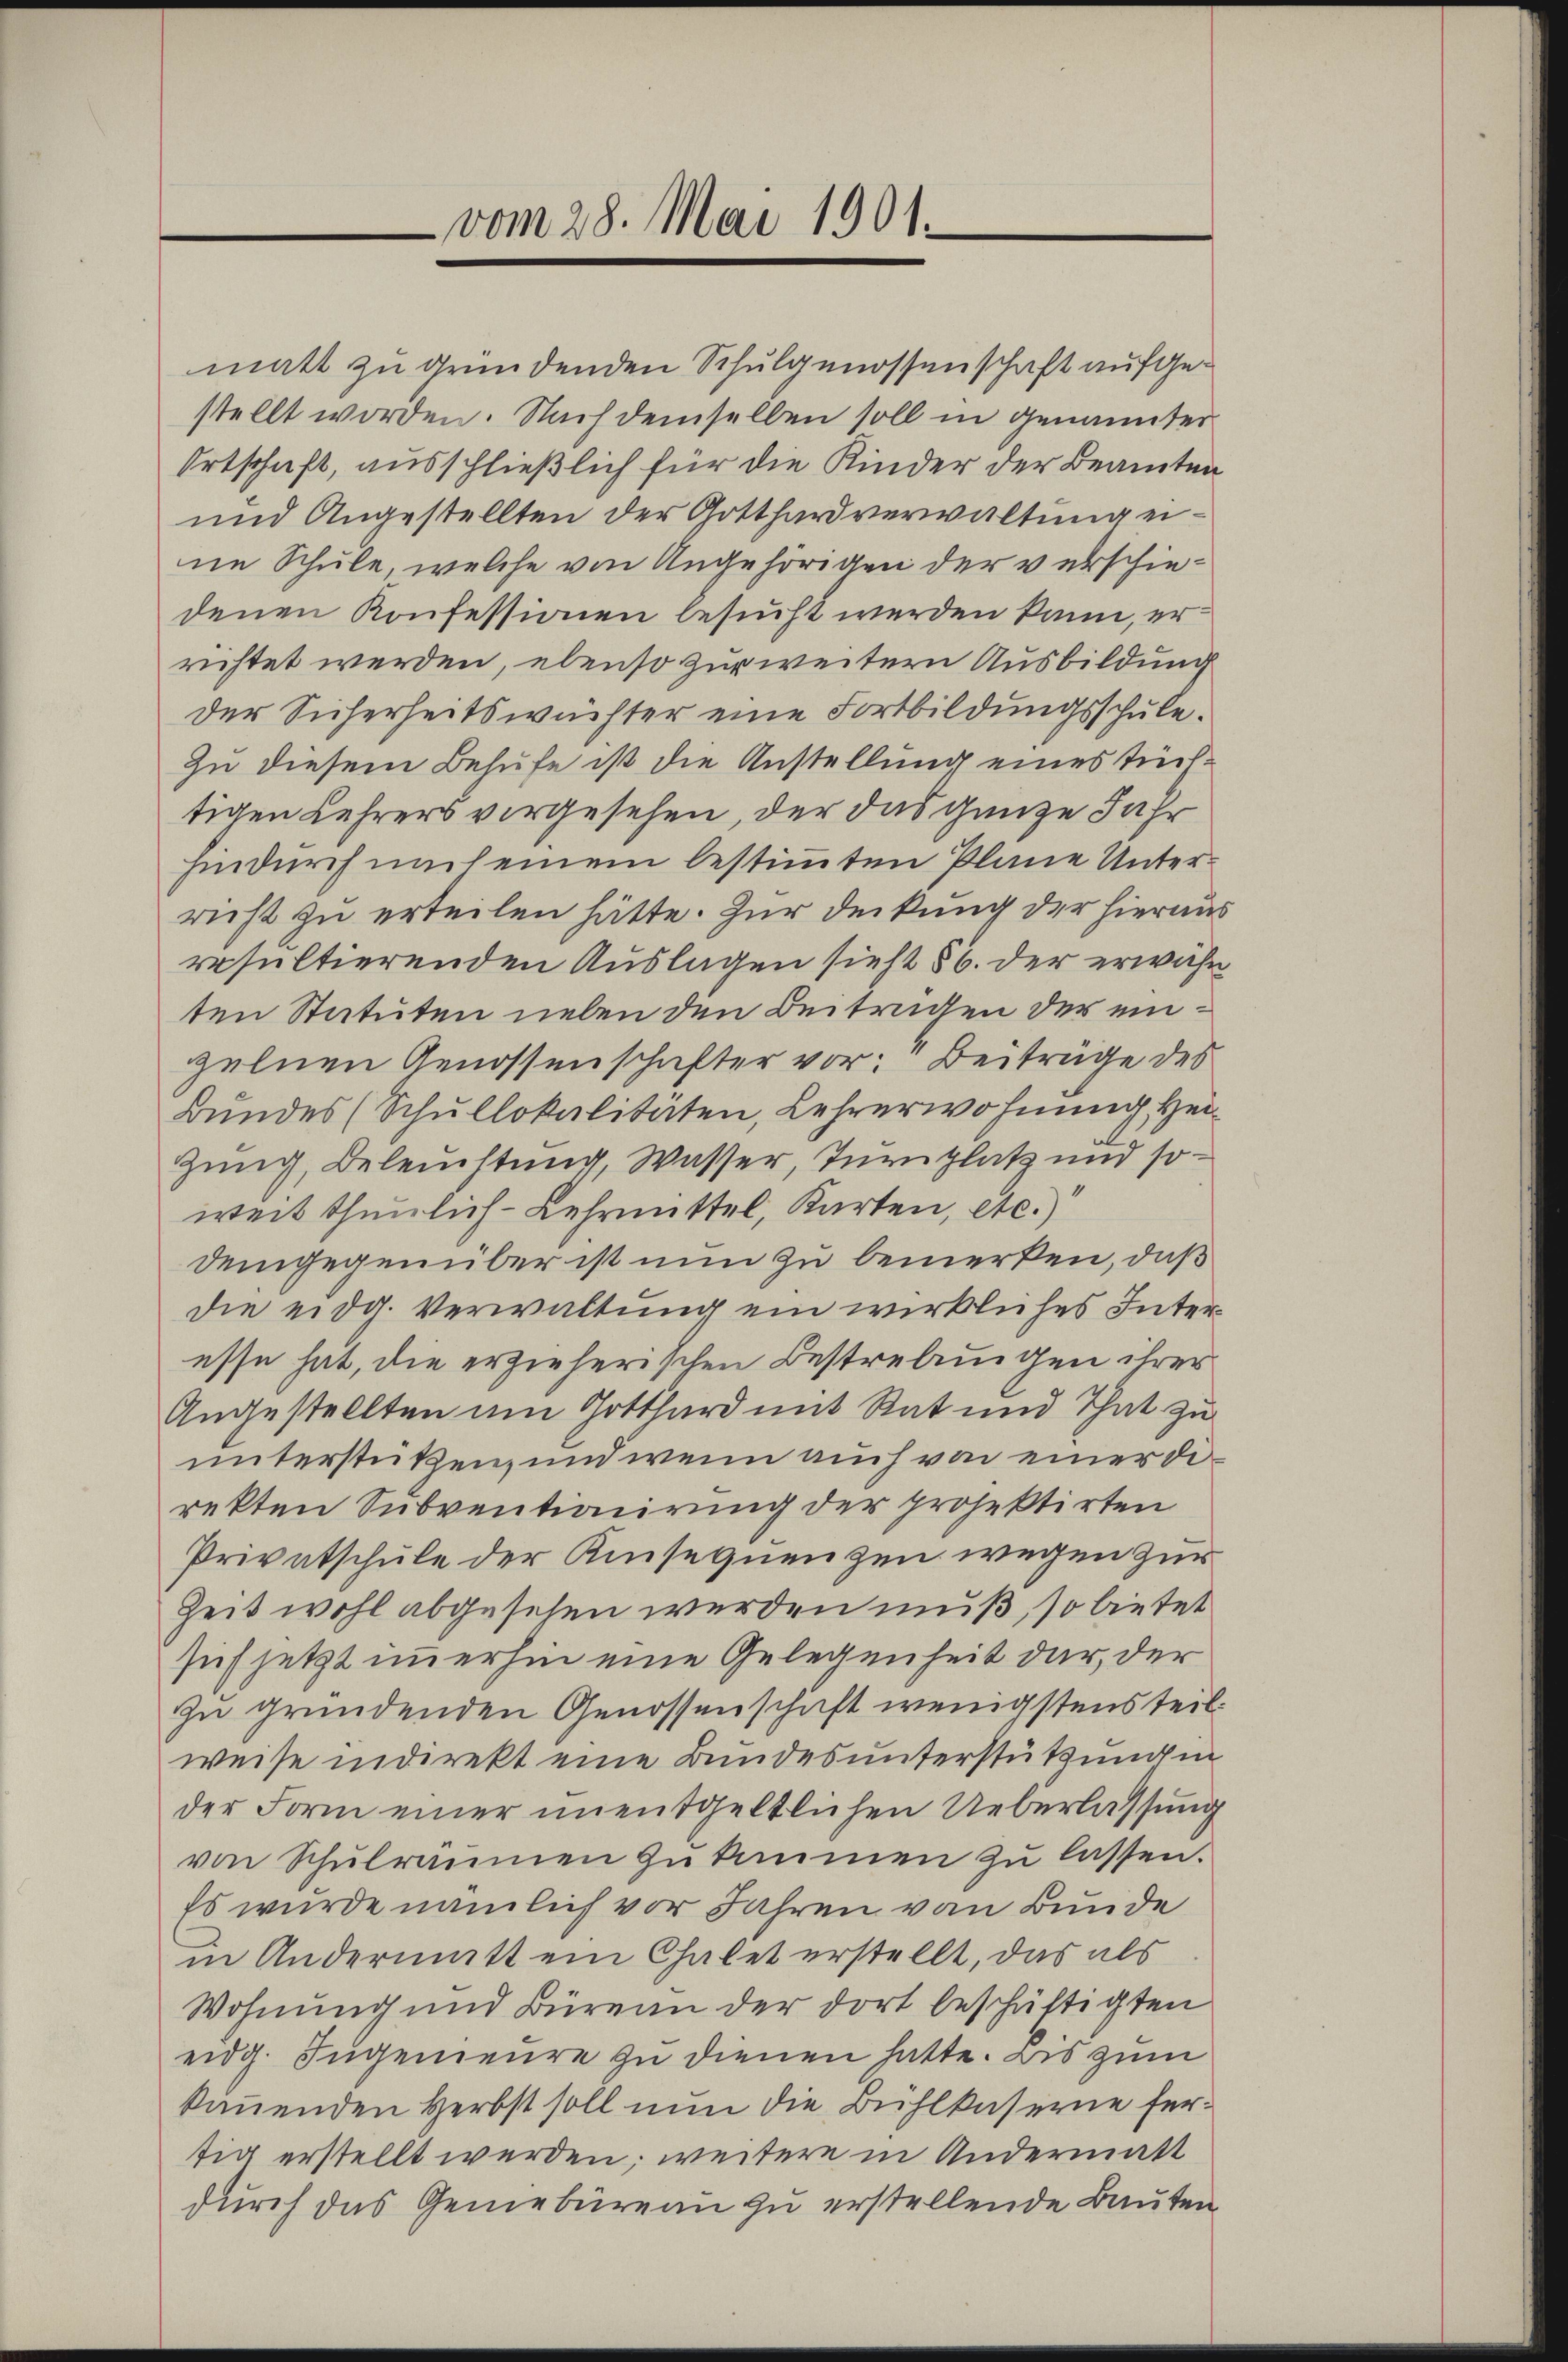
vom 28. Mai 1901.

matt zu gründenden Schulgenossenschaft aufgestellt worden. Nach demselben soll in genannter
Ortschaft, ausschließlich für die Kinder der Beamten
und Angestellten der Gotthardverwaltung eine Schule, welche von Angehörigen der verschiedenen Konfessionen besucht werden kann, errichtet werden, ebenso zur weitern Ausbildung
der Sicherheitswüchter eine Fortbildungsschule.
Zu diesem Behufe ist die Anstellung eines tüchtigen Lehrers vorgesehen, der das ganze Jahr
hindurch nach einem bestimmten Plane Unterricht zu erteilen hätte. Zur Deckung der hierau
resultierenden Auslagen sieht § 6. der erwähnten Statuten neben den Beitragen der einzelnen Genossenschafter vor: Beiträge des
Bundes (Schŭllokalitäten, Lehrerwohnung Heizung, Beleistung Wasser, Inzuplatz und soweit thunlich-Lehrmittel, Karten, etc.)
Demgegenüber ist nun zu bemerken, daß
die eidg. Verwaltung ein wirkliches Inter
esse hat, die erzieherischen Bestrebungen ihrer
Angestellten am Gotthard mit Rat und That zu
unterstützen, und wenn auch von einer direkten Subventionirung der projektirten
Privatschule der Konsequenzen wegen zur
Zeit wohl abgesehen werden muß, so bietet
sich jetzt immerhin eine Gelegenheit dar, der
zu gründenden Genossenschaft wenigstens teil
weise indirekt eine Bundes unterstützung in
der Form einer unentgeltlichen Ueberlassung
von Schulraumen zukommen zu lassen.
Es wurde nämlich vor Jahren von Bunde
in Andermatt ein Chalet erstellt, das als
Wohnung und Büreau der dort beschäftigten
eidg. Jugenieure zu dienen hatte. Bis zum
kammenden Herbst soll nun die Bühlkaserne fertig erstellt werden; weitere in Andermatt
durch das Genebureau zu erstellende Bauten